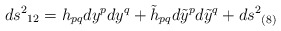
\begin{align*}ds^2{}_{12}=h_{pq}dy^pdy^q + \tilde{h}_{pq}d\tilde{y}^pd\tilde{y}^q + ds^2{}_{(8)}\end{align*}